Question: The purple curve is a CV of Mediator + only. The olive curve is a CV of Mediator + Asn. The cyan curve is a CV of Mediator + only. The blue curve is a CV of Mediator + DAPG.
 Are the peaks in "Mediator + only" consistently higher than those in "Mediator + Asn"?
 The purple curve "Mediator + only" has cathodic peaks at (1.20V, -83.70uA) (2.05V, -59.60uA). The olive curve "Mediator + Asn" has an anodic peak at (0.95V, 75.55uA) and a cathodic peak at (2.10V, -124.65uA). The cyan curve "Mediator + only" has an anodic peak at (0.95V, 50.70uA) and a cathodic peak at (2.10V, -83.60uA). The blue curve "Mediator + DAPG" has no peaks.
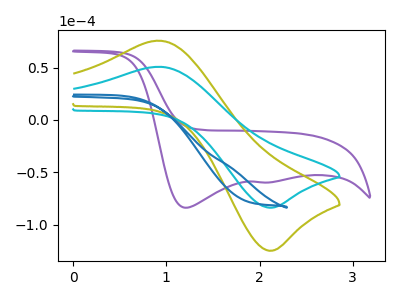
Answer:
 <answer>Every peak in "Mediator + only" is lower than every peak in "Mediator + Asn".</answer>
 <eval>lower</eval>